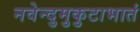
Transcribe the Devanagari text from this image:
नवेन्दुमुकुटाभातं